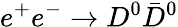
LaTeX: e^{+}e^{-}\to D^{0}\bar{D}^{0}